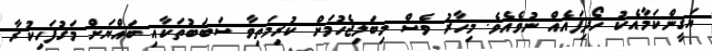
ޔަގީންކަމާއެކު ހޯދިފައެއް ނުވެއެވެ. މިހާރު ވެސް މިބަލިޖެހުމަށް ކުރިމަތިވާ ސަބަބުތަކާއި ބައްޔަށް މަގުފަހިކުރާ